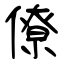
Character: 僚